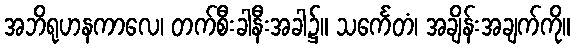
အဘိရုဟနကာလေ၊ တက်စီးခါနီးအခါ၌။ သင်္ကေတံ၊ အချိန်းအချက်ကို။